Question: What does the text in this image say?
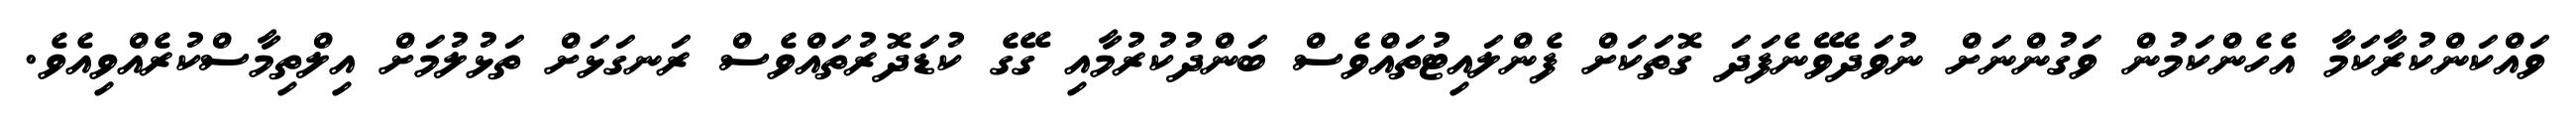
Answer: ވައްކަންކުރާކަމާ އެހެންކަމުން ވަގުންނަށް ނުވަދެވޭނެފަދަ ގޮތަކަށް ފެންލައިޓުތައްވެސް ބަންދުކުރުމާއި ގޭގެ ކުޑަދޮރުތައްވެސް ރަނގަޅަށް ތަޅުލުމަށް އިލްތިމާސްކުރެއްވިއެވެ.